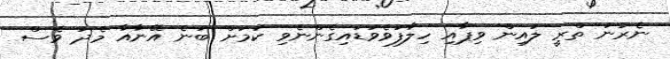
ނެރުނު ތްރީ ލައިން ވިޕާއި ހިލާފުވެވަޑައިގެންނެވި ކަމަށް ބުނެ އޭނާއާ މެދު ވެސް